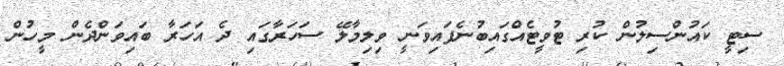
ސިޓީ ކައުންސިލުން ކުރި ޓުވީޓެއްގައިބުނެފައިވަނީ ވިލިމާލޭ ސަހަރާގައި ދެ އަހަރާ ބައިވަންދެން މީހުން